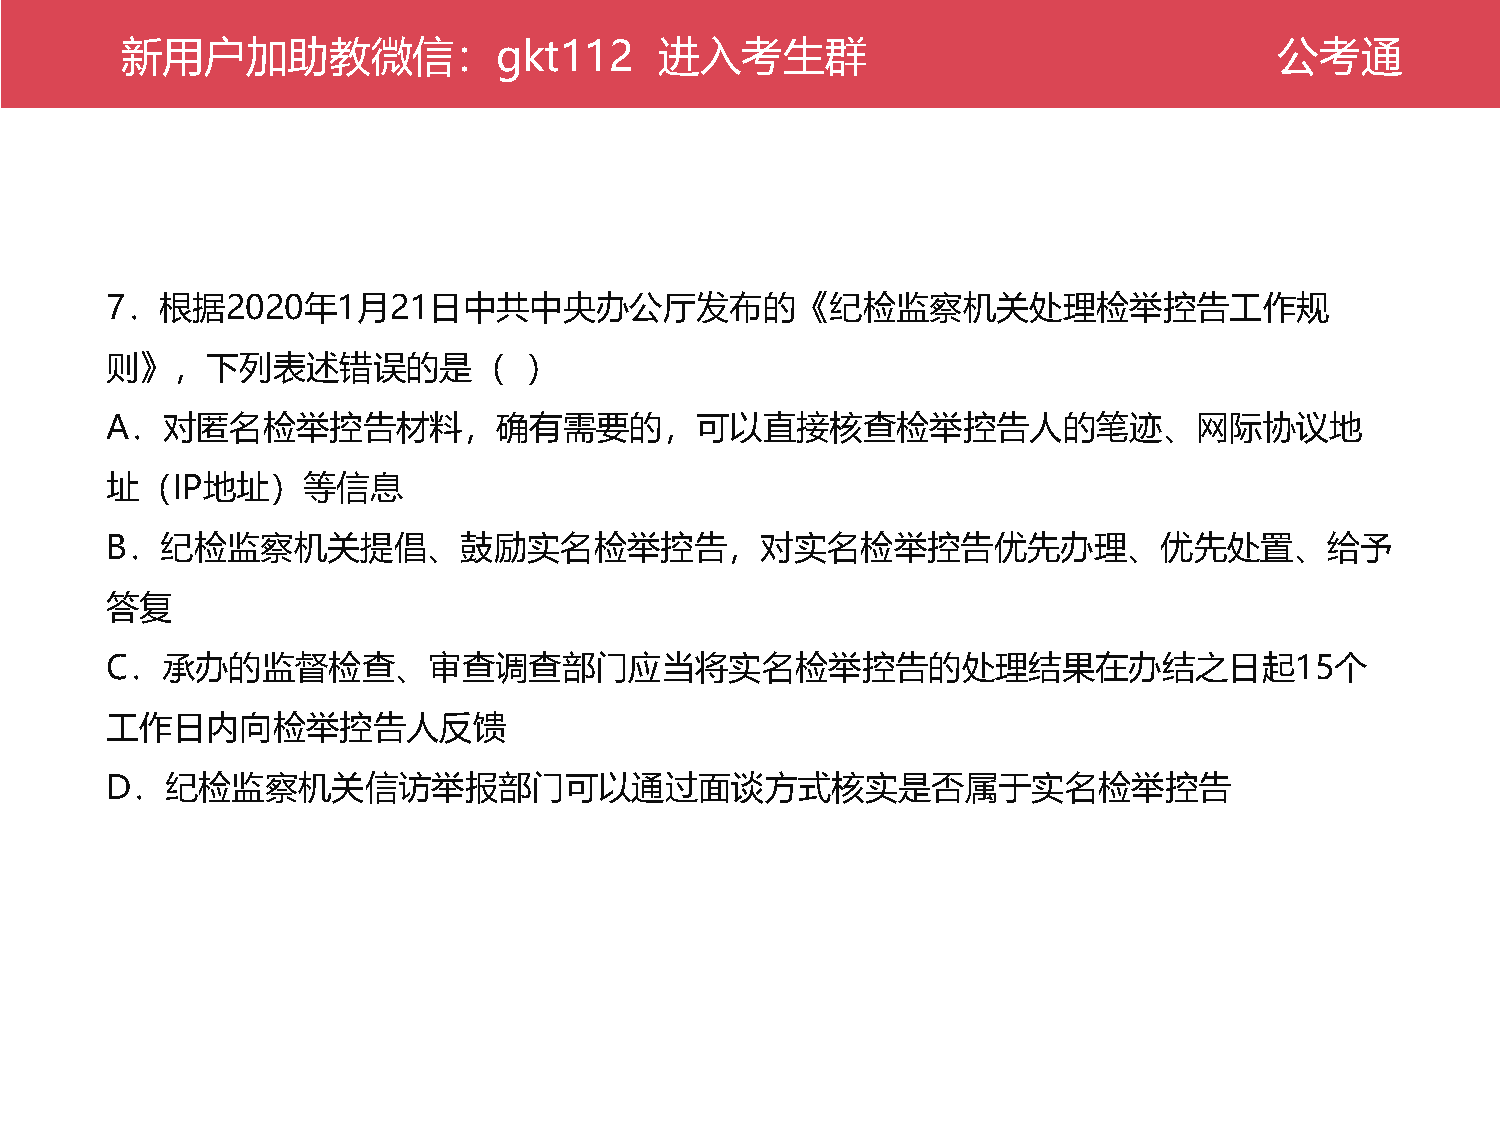
新公用考户通加助教微信：gkt112                  进入考生群                                    公考通
 7．根据2020年1月21日中共中央办公厅发布的《纪检监察机关处理检举控告工作规
 则》，下列表述错误的是（                ）
 A．对匿名检举控告材料，确有需要的，可以直接核查检举控告人的笔迹、网际协议地
 址（IP地址）等信息
 B．纪检监察机关提倡、鼓励实名检举控告，对实名检举控告优先办理、优先处置、给予
 答复
 C．承办的监督检查、审查调查部门应当将实名检举控告的处理结果在办结之日起15个
 工作日内向检举控告人反馈
 D．纪检监察机关信访举报部门可以通过面谈方式核实是否属于实名检举控告